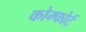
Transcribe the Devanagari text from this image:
कोम्फोर्ट